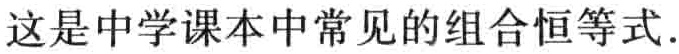
这是中学课本中常见的组合恒等式.